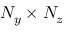
N _ { y } \times N _ { z }